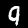
Digit: 9